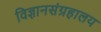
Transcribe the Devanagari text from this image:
विज्ञानसंग्रहालय